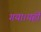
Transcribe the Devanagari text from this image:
गया।यहीं